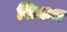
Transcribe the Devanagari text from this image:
शिकम